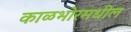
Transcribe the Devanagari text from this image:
काळभोरमधील